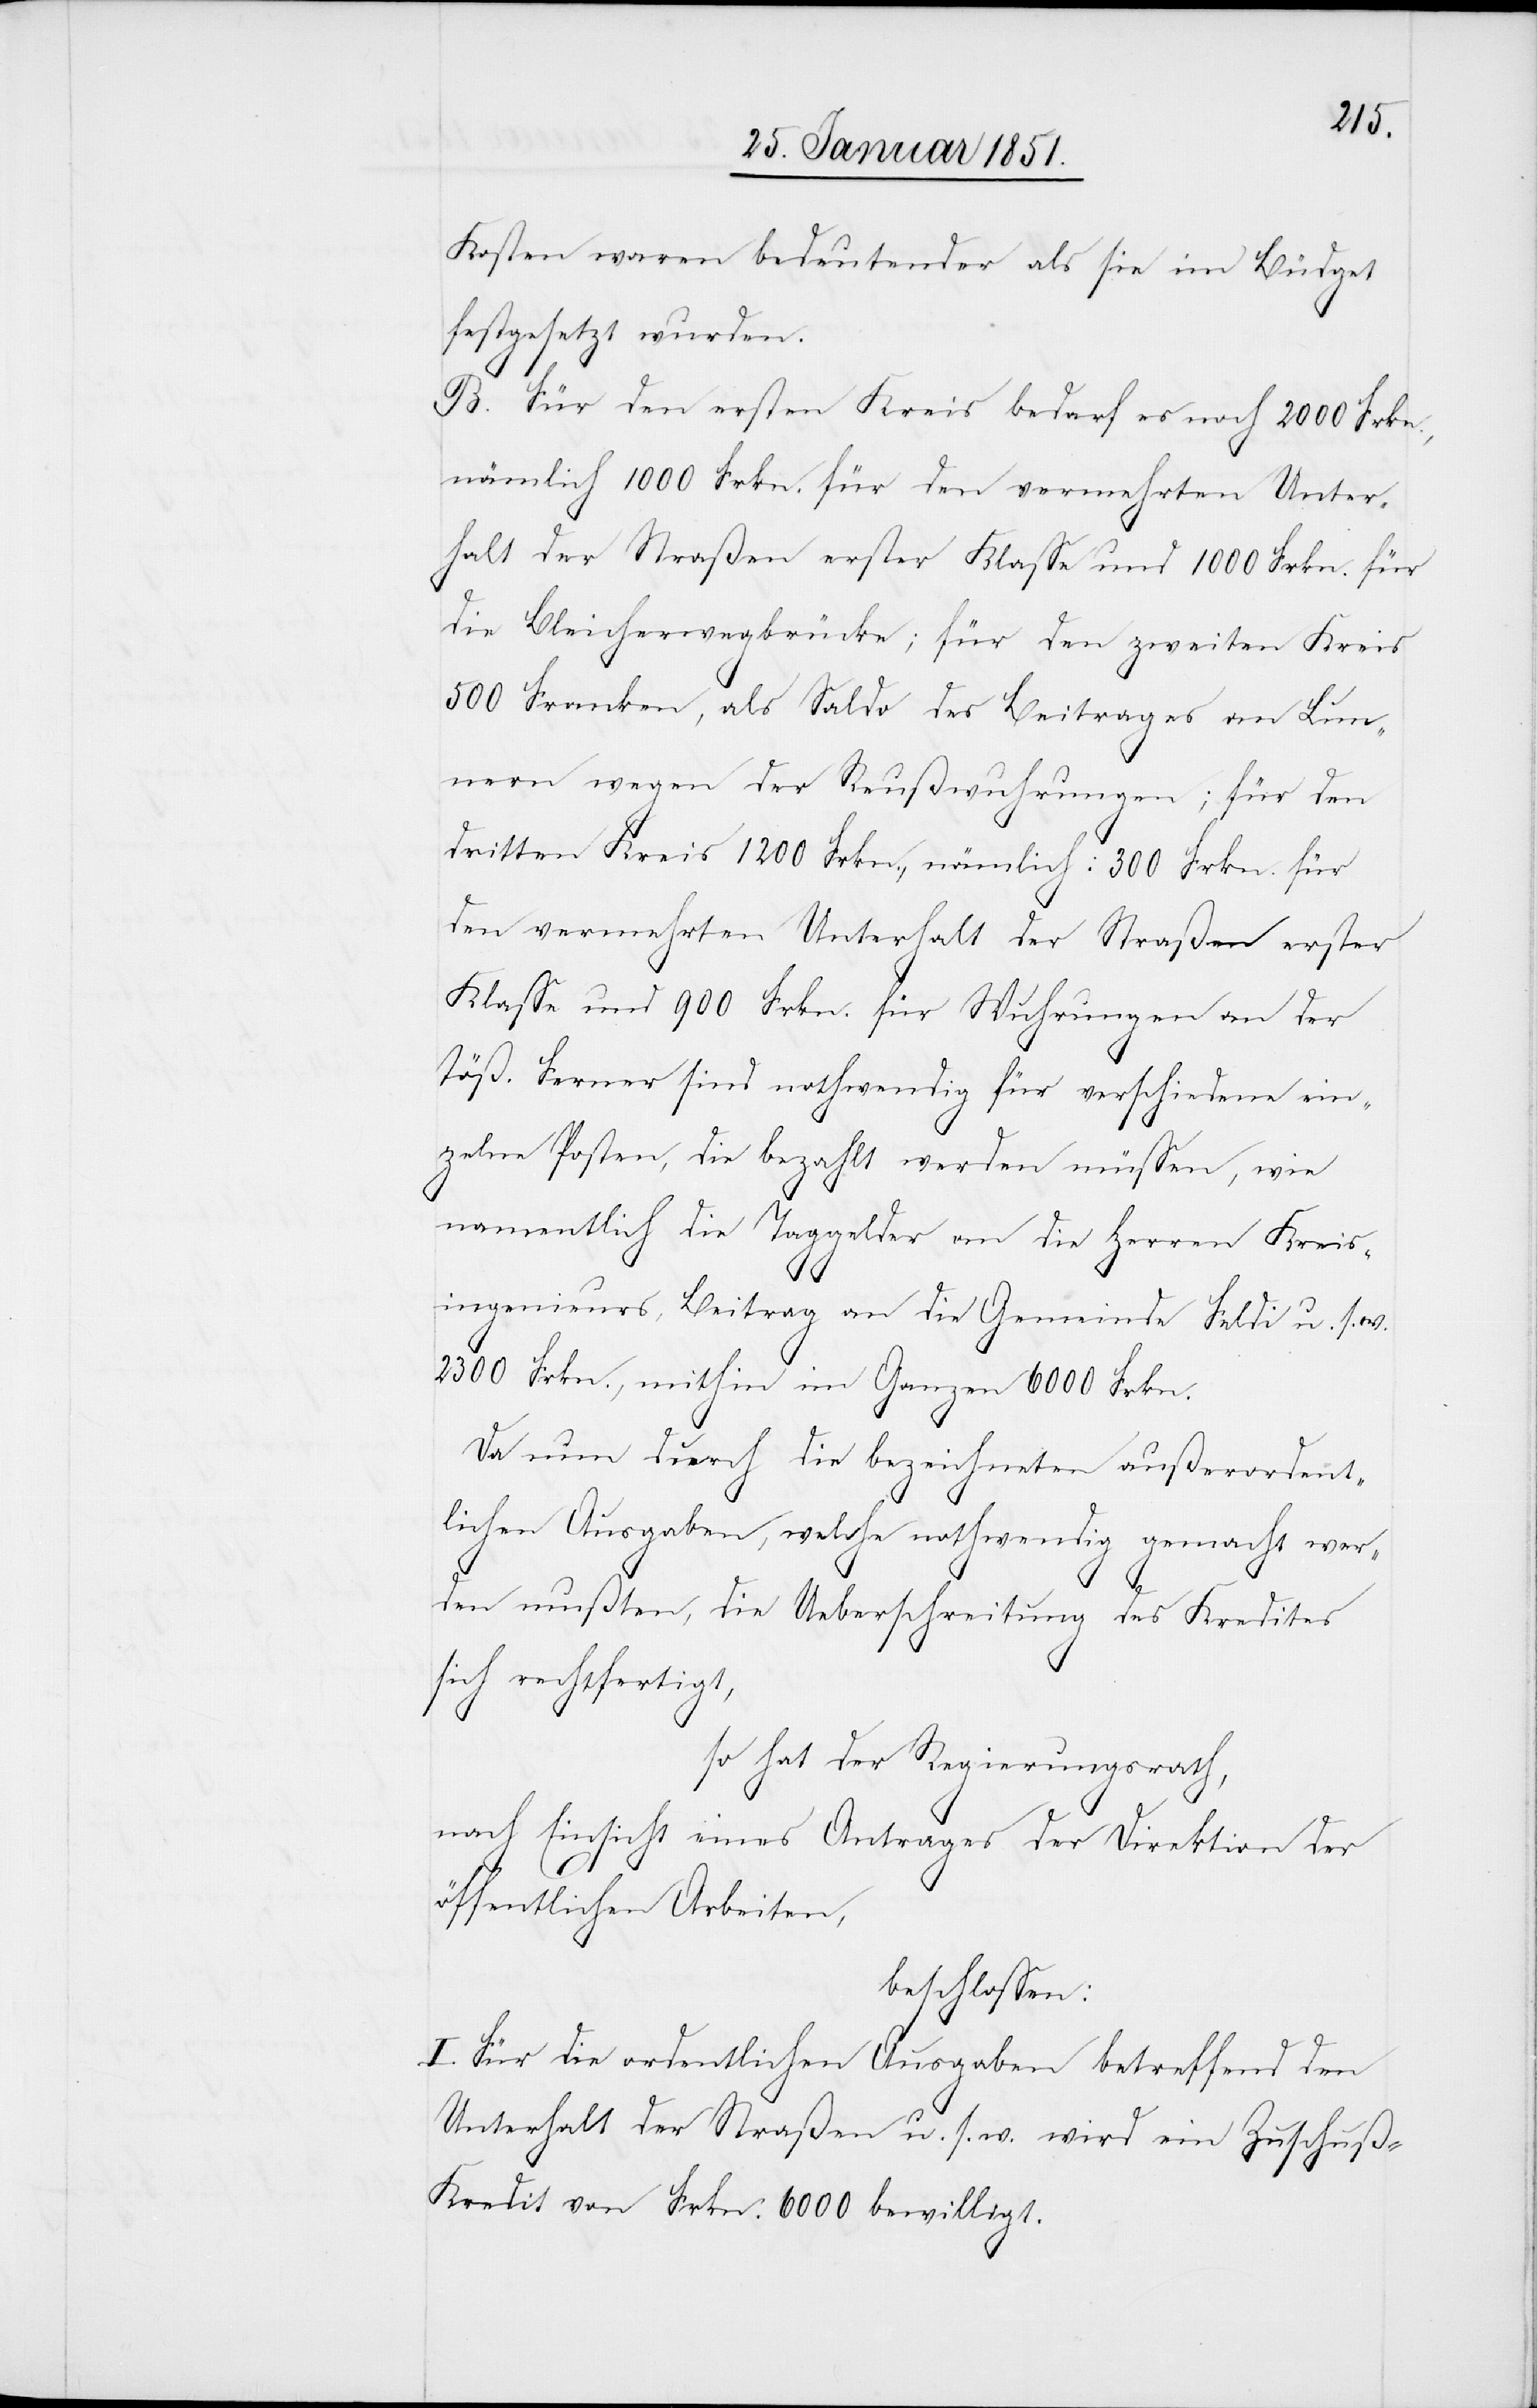
Kosten waren bedeutender als sie im Büdget
festgesetzt wurden.
B. Für den ersten Kreis bedarf es noch 2000 Frkn.,
nämlich 1000 Frkn. für den vermehrten Unter¬
halt der Straßen erster Klasse und 1000 Frkn. für
die Bleicherwegbrücke; für den zweiten Kreis
500 Franken, als Saldo des Beitrages an Lun¬
nern wegen der Reußwuhrungen; für den
dritten Kreis 1200 Frkn., nämlich: 300 Frkn. für
den vermehrten Unterhalt der Straßen erster
Klasse und 900 Frkn. für Wuhrungen an der
Töß. Ferner sind nothwendig für verschiedene ein¬
zelne Posten, die bezahlt werden müssen, wie
namentlich die Taggelder an die Herren Kreis¬
ingenieurs, Beitrag an die Gemeinde Feldi u. s. w.
2300 Frkn., mithin im Ganzen 6000 Frkn.
Da nun durch die bezeichneten außerordent¬
lichen Ausgaben, welche nothwendig gemacht wer¬
den mußten, die Ueberschreitung des Kredites
sich rechtfertigt,
so hat der Regierungsrath,
nach Einsicht eines Antrages der Direktion der
öffentlichen Arbeiten,
beschlossen:
I. Für die ordentlichen Ausgaben betreffend den
Unterhalt der Straßen u. s. w. wird ein Zuschuß-K¬
redit von Frkn. 6000 bewilligt.